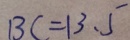
B C = 1 3 . 5